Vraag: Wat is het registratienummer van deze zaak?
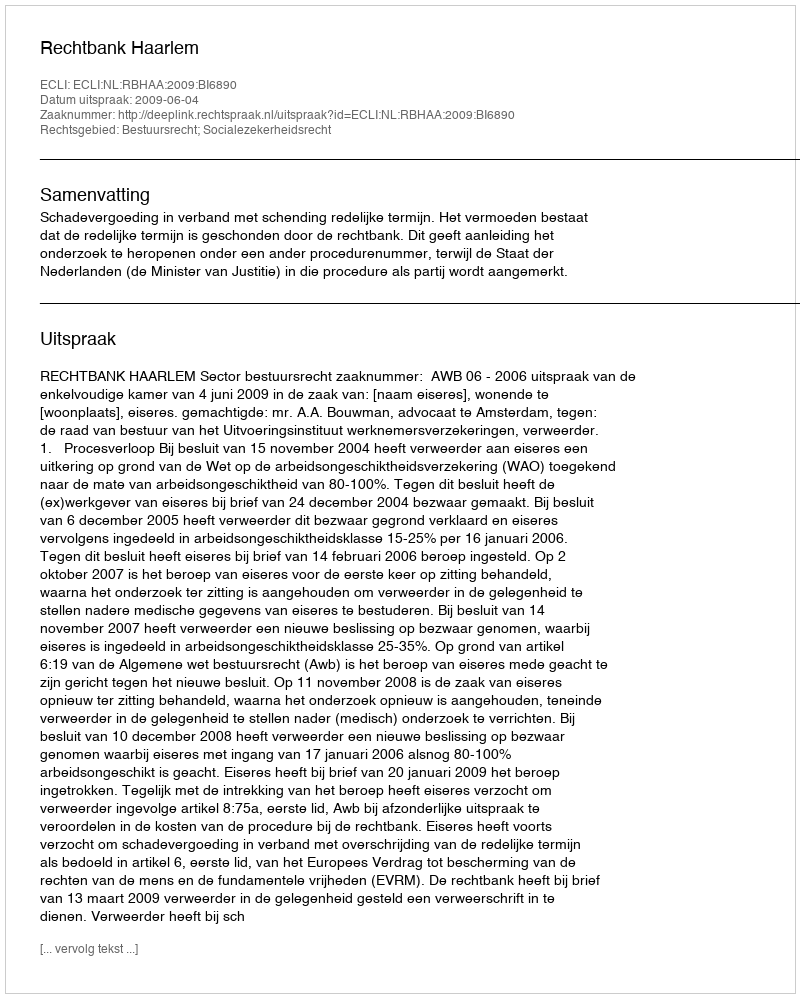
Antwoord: http://deeplink.rechtspraak.nl/uitspraak?id=ECLI:NL:RBHAA:2009:BI6890